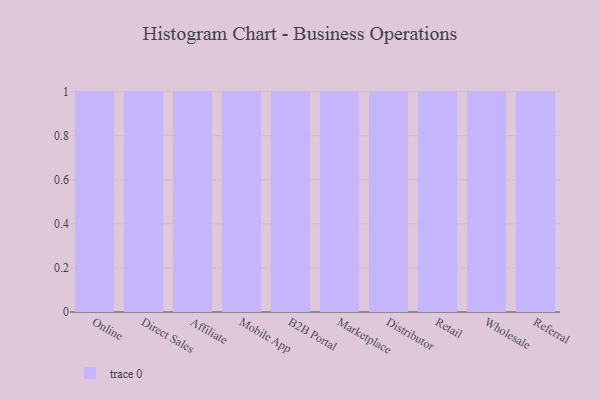
{"axis": {"x": "Channel", "y": "Waste Production (Tons)"}, "legend": [""], "data": [{"x": "Online", "y": 93, "type": ""}, {"x": "Direct Sales", "y": 11, "type": ""}, {"x": "Affiliate", "y": 35, "type": ""}, {"x": "Mobile App", "y": 49, "type": ""}, {"x": "B2B Portal", "y": 64, "type": ""}, {"x": "Marketplace", "y": 43, "type": ""}, {"x": "Distributor", "y": 13, "type": ""}, {"x": "Retail", "y": 95, "type": ""}, {"x": "Wholesale", "y": 68, "type": ""}, {"x": "Referral", "y": 41, "type": ""}]}